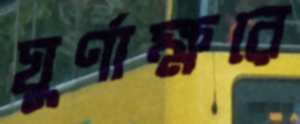
ঘুর্ণাক্ষরে